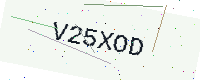
Text: V25XOD